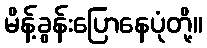
မိန့်ခွန်းပြောနေပုံတို့။